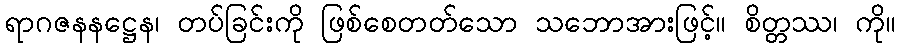
ရာဂဇနနဋ္ဌေန၊ တပ်ခြင်းကို ဖြစ်စေတတ်သော သဘောအားဖြင့်။ စိတ္တဿ၊ ကို။